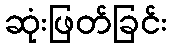
ဆုံးဖြတ်ခြင်း